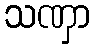
သဏှာ